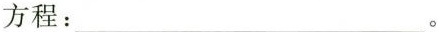
方程：___。